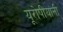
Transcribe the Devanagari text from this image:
यूरोपीयांनी